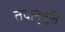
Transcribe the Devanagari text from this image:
तदानुभूति